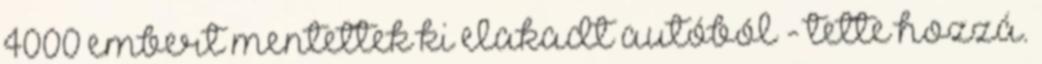
4000 embert mentettek ki elakadt autóból - tette hozzá.